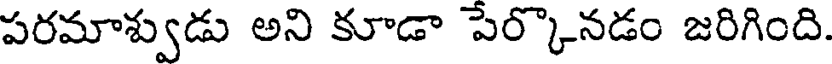
పరమాశ్వుడు అని కూడా పేర్కొనడం జరిగింది.